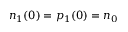
n _ { 1 } ( 0 ) = p _ { 1 } ( 0 ) = n _ { 0 }